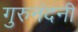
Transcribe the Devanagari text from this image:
गुरुनंदनी